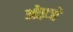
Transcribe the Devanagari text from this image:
ओइजे